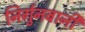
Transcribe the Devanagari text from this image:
निर्गुनबानी